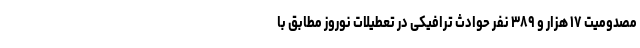
مصدومیت ۱۷ هزار و ۳۸۹ نفر حوادث ترافیکی در تعطیلات نوروز مطابق با